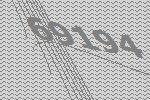
69194